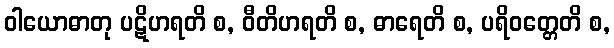
ဝါယောဓာတု ပဋိဟရတိ စ, ဝီတိဟရတိ စ, ဓာရေတိ စ, ပရိဝတ္တေတိ စ,